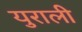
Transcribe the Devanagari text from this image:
युराली